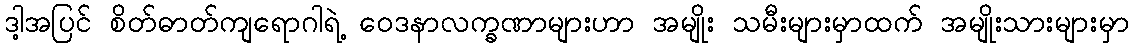
ဒါ့အပြင် စိတ်ဓာတ်ကျရောဂါရဲ့ ဝေဒနာလက္ခဏာများဟာ အမျိုး သမီးများမှာထက် အမျိုးသားများမှာ